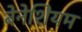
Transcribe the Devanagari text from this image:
बेनेशियम